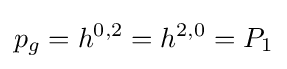
p_{g}=h^{0,2}=h^{2,0}=P_{1}